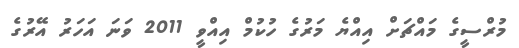
މުރްސީގެ މައްޗަށް އިއްޔެ މަރުގެ ހުކުމް އިއްވީ 2011 ވަނަ އަހަރު އޭރުގެ